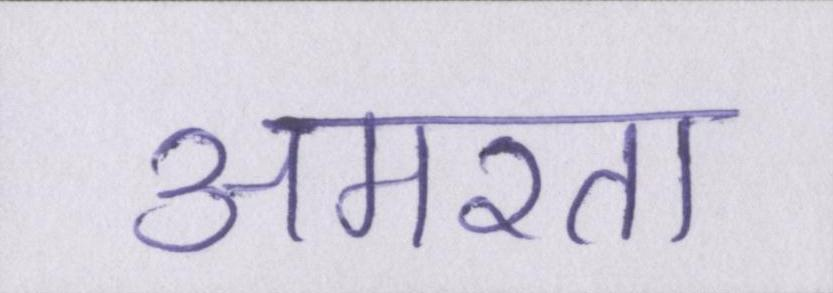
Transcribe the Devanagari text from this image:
अमरता